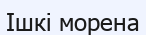
Ішкі морена